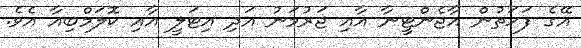
އޭގެ ފަހަތުން އާޖެންޓީނާ އާއި ޖަރުމަނު އަދި އިޓަލީ އާއި ކޮލަމްބިއާ އެވެ.